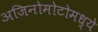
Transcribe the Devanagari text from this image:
अजिनोमोटोमध्ये